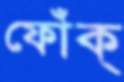
ফোঁক্‌